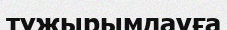
тұжырымдауға